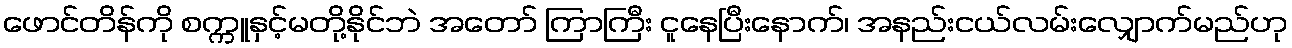
ဖောင်တိန်ကို စက္ကူနှင့်မတို့နိုင်ဘဲ အတော် ကြာကြီး ငူနေပြီးနောက်၊ အနည်းငယ်လမ်းလျှောက်မည်ဟု